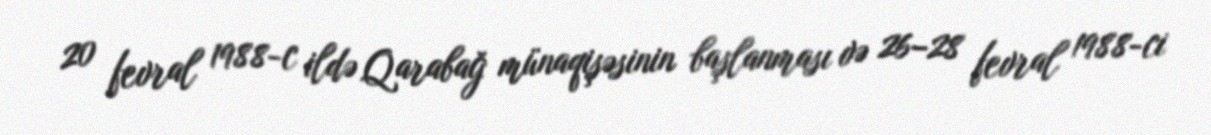
20 fevral 1988-c ildə Qarabağ münaqişəsinin başlanması və 26–28 fevral 1988-ci